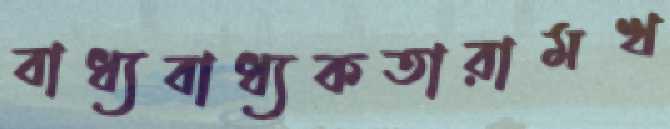
বাধ্যবাধ্যকতারামখ